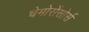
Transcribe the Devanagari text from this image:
चेमोसेंसोर्स